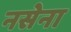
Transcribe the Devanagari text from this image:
नसेना